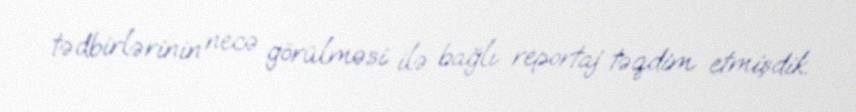
tədbirlərinin necə görülməsi ilə bağlı reportaj təqdim etmişdik.